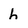
Character: h